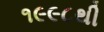
૧૯૯૮થી